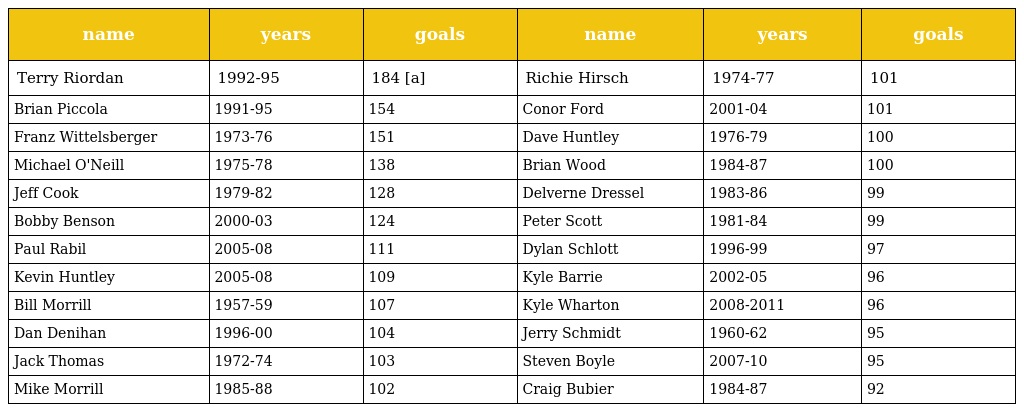
| name | years | goals | name | years | goals |
 | --- | --- | --- | --- | --- | --- |
 | Terry Riordan | 1992-95 | 184 [a] | Richie Hirsch | 1974-77 | 101 |
 | Brian Piccola | 1991-95 | 154 | Conor Ford | 2001-04 | 101 |
 | Franz Wittelsberger | 1973-76 | 151 | Dave Huntley | 1976-79 | 100 |
 | Michael O'Neill | 1975-78 | 138 | Brian Wood | 1984-87 | 100 |
 | Jeff Cook | 1979-82 | 128 | Delverne Dressel | 1983-86 | 99 |
 | Bobby Benson | 2000-03 | 124 | Peter Scott | 1981-84 | 99 |
 | Paul Rabil | 2005-08 | 111 | Dylan Schlott | 1996-99 | 97 |
 | Kevin Huntley | 2005-08 | 109 | Kyle Barrie | 2002-05 | 96 |
 | Bill Morrill | 1957-59 | 107 | Kyle Wharton | 2008-2011 | 96 |
 | Dan Denihan | 1996-00 | 104 | Jerry Schmidt | 1960-62 | 95 |
 | Jack Thomas | 1972-74 | 103 | Steven Boyle | 2007-10 | 95 |
 | Mike Morrill | 1985-88 | 102 | Craig Bubier | 1984-87 | 92 |